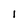
Character: 1